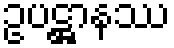
ဥပဋ္ဌာနဿ